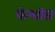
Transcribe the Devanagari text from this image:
फेन्‍वॉस